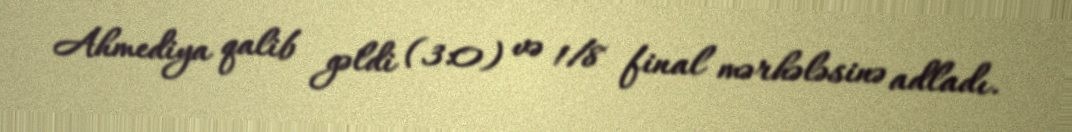
Ahmediya qalib gəldi (3:0) və 1/8 final mərhələsinə adladı.